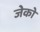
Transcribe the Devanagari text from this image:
जेको